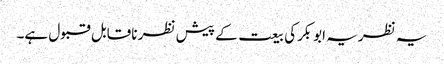
یہ نظریہ ابوبکرکی بیعت کے پیش نظر ناقابل قبول ہے۔